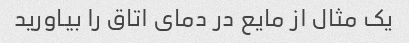
یک مثال از مایع در دمای اتاق را بیاورید